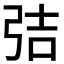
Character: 𭚬